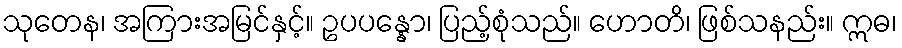
သုတေန၊ အကြားအမြင်နှင့်။ ဥပပန္နော၊ ပြည့်စုံသည်။ ဟောတိ၊ ဖြစ်သနည်း။ ဣဓ၊